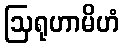
ဩရုဟာမိဟံ